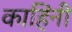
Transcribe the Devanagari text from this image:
काहिंनी